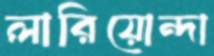
লারিয়োন্দা